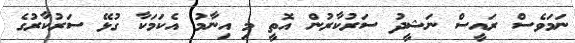
ނަމަވެސް ރައީސް ނަޝީދު ސަރުކާރުން އޮތީ މި އިނާމު އެކަމަކާ ގުޅޭ ސަރުކާރުގެ